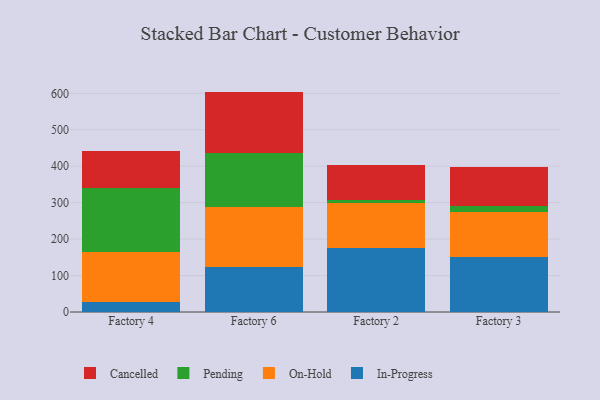
{"axis": {"x": "Factory", "y": "Inventory Turnover"}, "legend": ["Cancelled", "In-Progress", "On-Hold", "Pending"], "data": [{"x": "Factory 4", "y": 26.8, "type": "In-Progress"}, {"x": "Factory 4", "y": 138.5, "type": "On-Hold"}, {"x": "Factory 4", "y": 174.7, "type": "Pending"}, {"x": "Factory 4", "y": 102.7, "type": "Cancelled"}, {"x": "Factory 6", "y": 122.2, "type": "In-Progress"}, {"x": "Factory 6", "y": 165.2, "type": "On-Hold"}, {"x": "Factory 6", "y": 147.9, "type": "Pending"}, {"x": "Factory 6", "y": 169.4, "type": "Cancelled"}, {"x": "Factory 2", "y": 174.4, "type": "In-Progress"}, {"x": "Factory 2", "y": 123.9, "type": "On-Hold"}, {"x": "Factory 2", "y": 8.9, "type": "Pending"}, {"x": "Factory 2", "y": 96.6, "type": "Cancelled"}, {"x": "Factory 3", "y": 151.9, "type": "In-Progress"}, {"x": "Factory 3", "y": 122.1, "type": "On-Hold"}, {"x": "Factory 3", "y": 17.9, "type": "Pending"}, {"x": "Factory 3", "y": 105.5, "type": "Cancelled"}]}